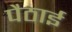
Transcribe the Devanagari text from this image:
पैठाई